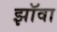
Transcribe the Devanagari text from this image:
झॉवा